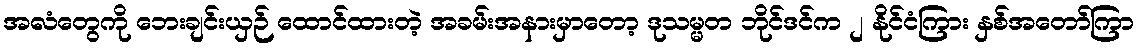
အလံတွေကို ဘေးချင်းယှဉ် ထောင်ထားတဲ့ အခမ်းအနားမှာတော့ ဒုသမ္မတ ဘိုင်ဒင်က ၂ နိုင်ငံကြား နှစ်အတော်ကြာ